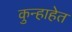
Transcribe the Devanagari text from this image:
कुन्हाहेत